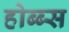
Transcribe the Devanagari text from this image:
होब्ब्स